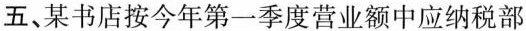
五、某书店按今年第一季度营业额中应纳税部